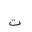
Letter: _ta